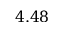
4 . 4 8